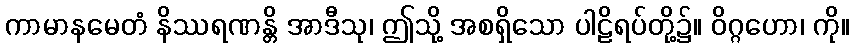
ကာမာနမေတံ နိဿရဏန္တိ အာဒီသု၊ ဤသို့ အစရှိသော ပါဠိရပ်တို့၌။ ဝိဂ္ဂဟော၊ ကို။